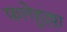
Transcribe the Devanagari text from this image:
फतेहुल्ला